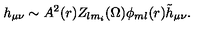
h _ { \mu \nu } \sim A ^ { 2 } ( r ) Z _ { l m _ { i } } ( \Omega ) \phi _ { m l } ( r ) { \tilde { h } } _ { \mu \nu } .